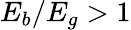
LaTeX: E_{b}/E_{g}>1